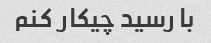
با رسید چیکار کنم